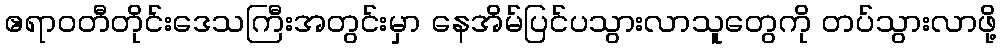
ဧရာဝတီတိုင်းဒေသကြီးအတွင်းမှာ နေအိမ်ပြင်ပသွားလာသူတွေကို တပ်သွားလာဖို့